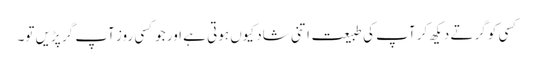
کسی کو گرتے دیکھ کر آپ کی طبیعت اتنی شاد کیوں ہوتی ہے اور جوکسی روز آپ گر پڑیں تو۔